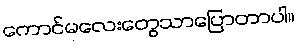
ကောင်မလေးတွေသာပြောတာပါ။